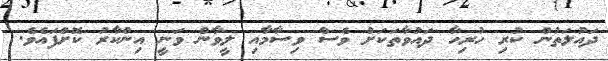
ދައުލަތުން ކުރި ހުރިހާ ދައުވާތަކަށް ވެސް ވިސާމާއި ލީވާން ވަނީ އިންކާރު ކޮށްފައެވެ.